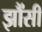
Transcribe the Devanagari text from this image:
झौंसी